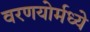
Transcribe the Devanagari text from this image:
वरणयोर्मध्ये